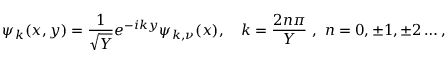
\psi _ { k } ( x , y ) = \frac { 1 } { \sqrt { Y } } e ^ { - i k y } \psi _ { k , \nu } ( x ) , \quad k = \frac { 2 n \pi } { Y } ~ , ~ n = 0 , \pm 1 , \pm 2 \dots ,